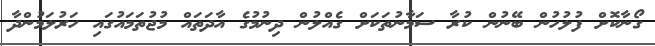
ގޯނާކޮށް ފުލުހުން ބޭނުން ކުރާ ސަމާނުތަކަށް ގެއްލުން ދިނުމުގެ އާދަތައް މުޖުތަމައުގައި ހަރުލަމުންދާ